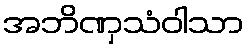
အဘိဏှသံဝါသာ